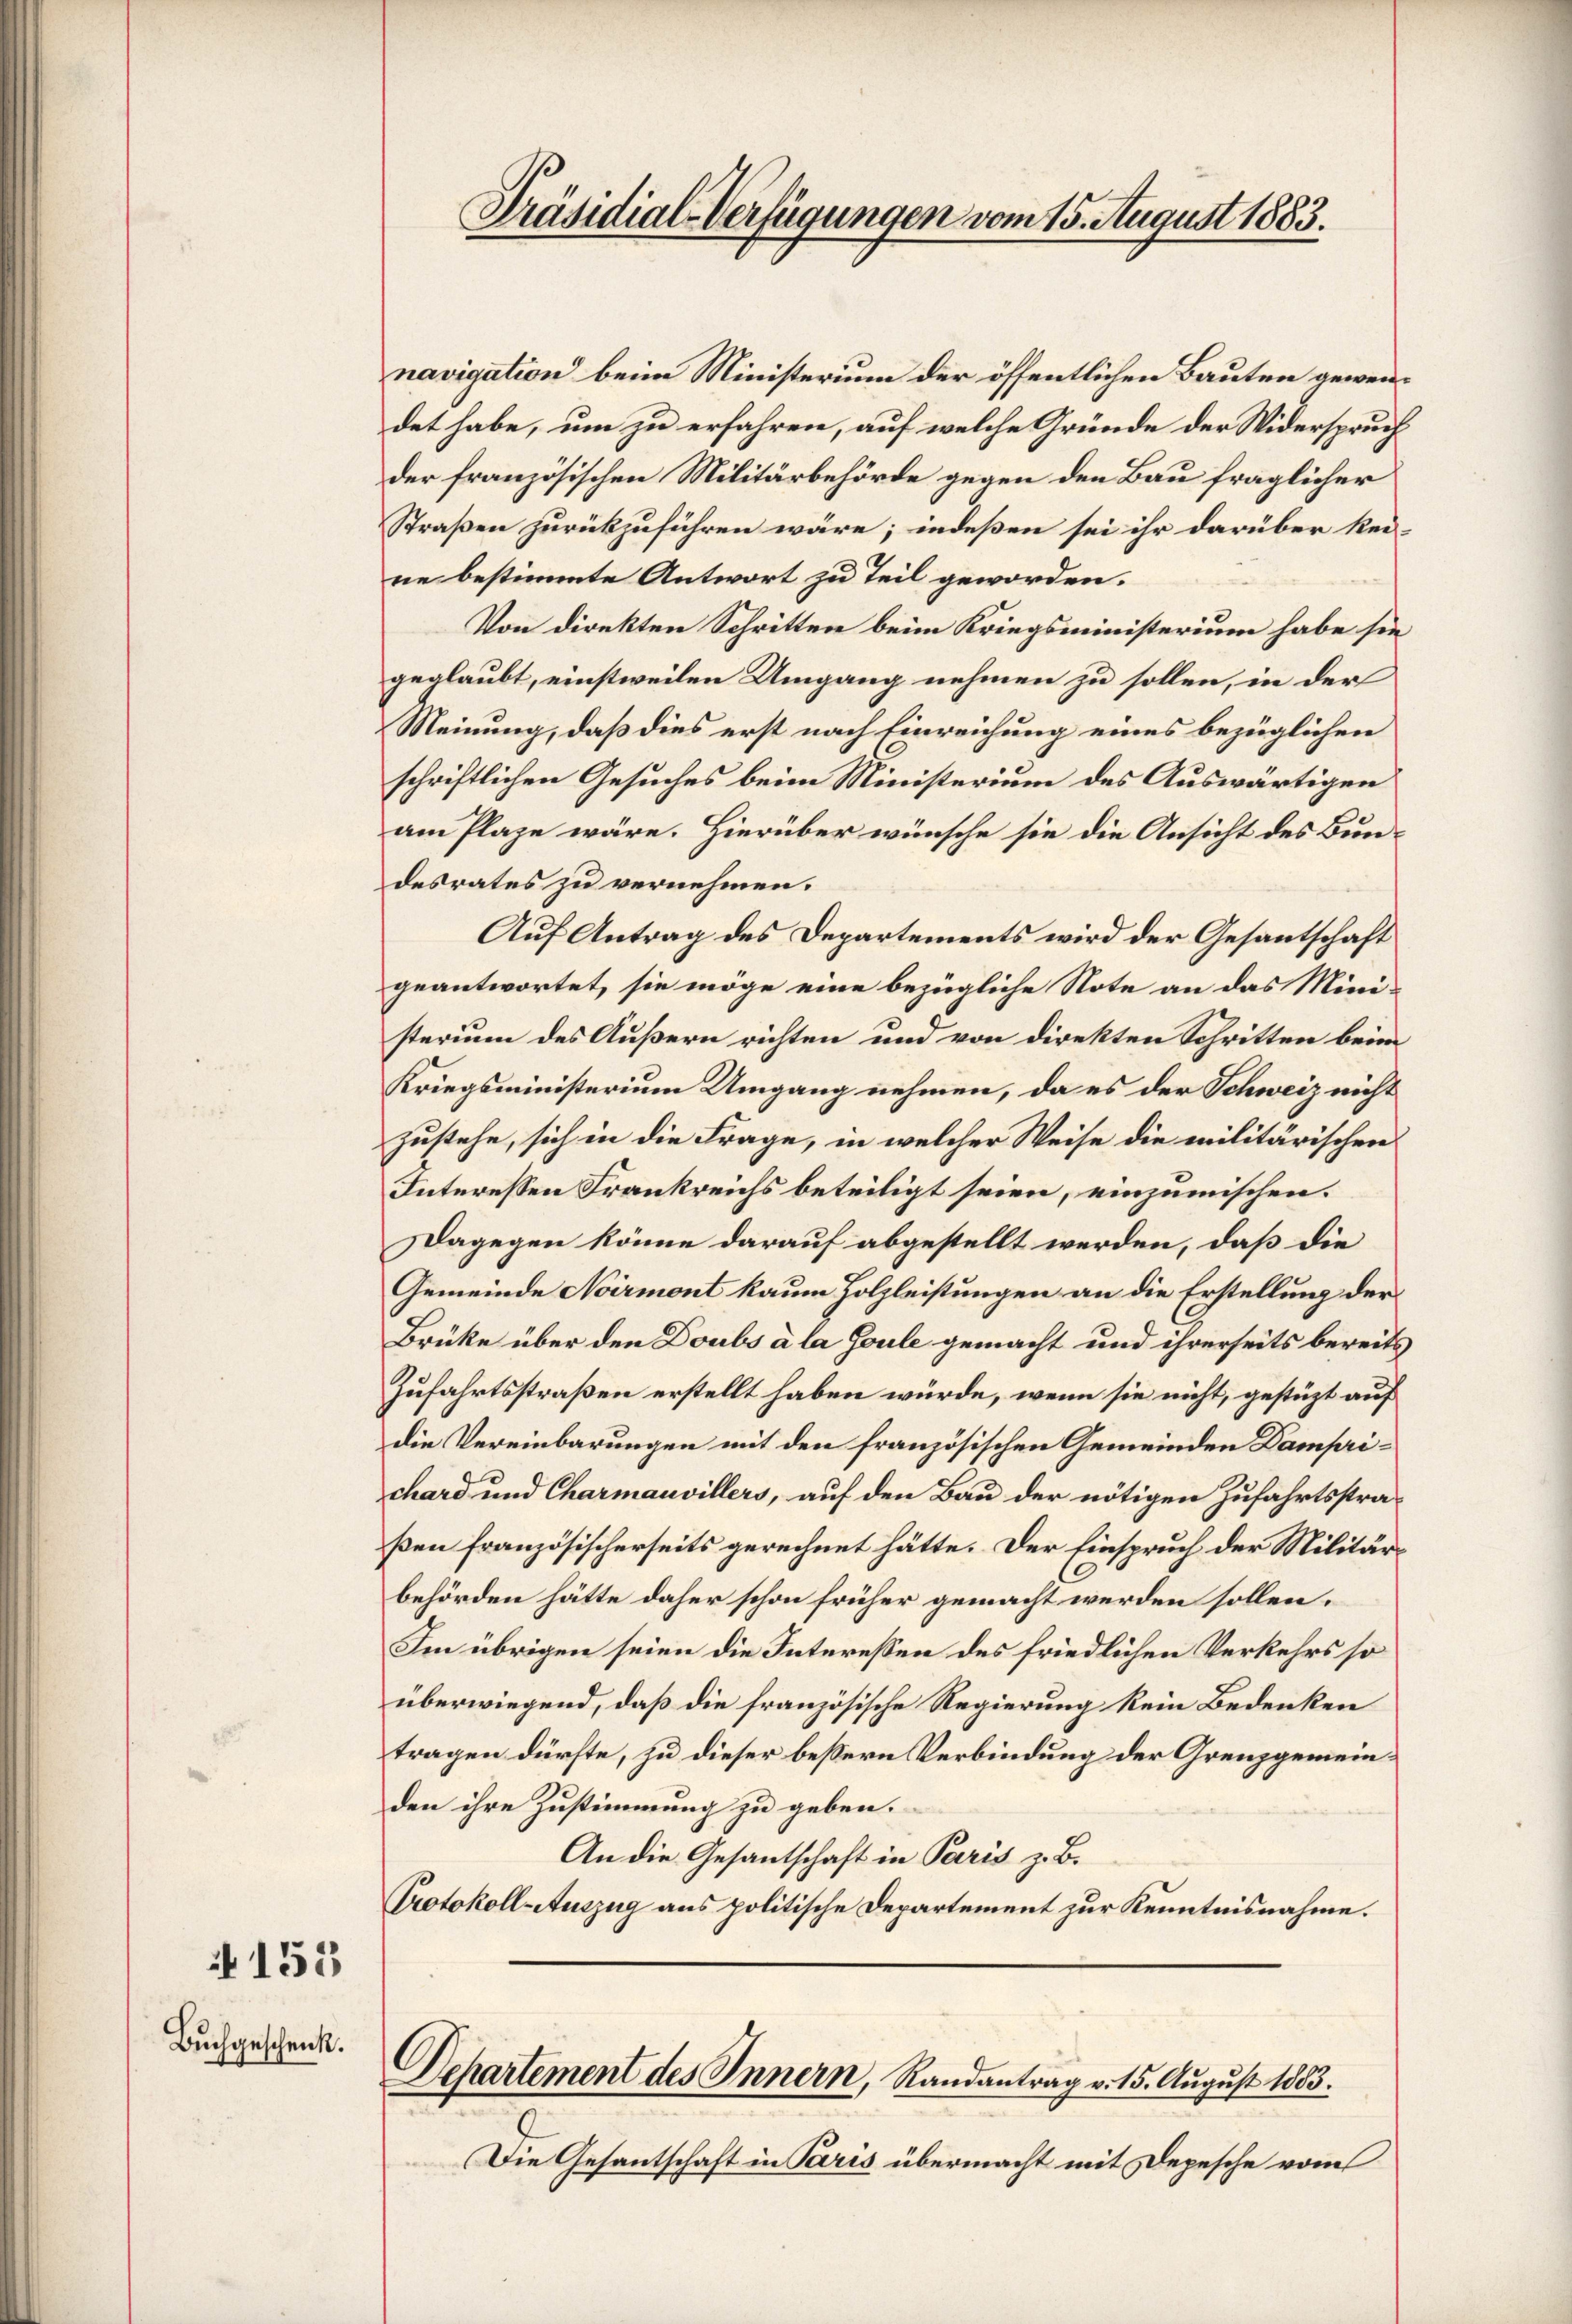
155

Buchgeschenk.

Departement des Innern, Randantrag v. 15. August 1883.

Präsidial-Verfügungen vom 15. August 1883.

navigation beim Ministerium der öffentlichen Bauten gewendet habe, um zu erfahren, auf welche Gründe der Widerspruch
der französischen Militärbehörde gegen den Bau fraglicher
Straßen zurükzuführen wäre; indeßen sei ihr darüber kei-
ne bestimmte Antwort zu Teil geworden.
Von direkten Schritten beim Kriegsministerium habe sie
geglaubt, einstweilen Umgang nehmen zu sollen, in der
Meinung, daß dies erst nach Einreichung eines bezüglichen
schriftlichen Gesuches beim Ministerium des Auswärtigen
am Plaze wäre. Hierüber wünsche sie die Ansicht des Bundesrates zu vernehmen.
Auf Antrag des Departements wird der Gesantschaft
geantwortet, sie möge eine bezügliche Note an das Ministerium des Äußern richten und von direkten Schritten beim
Kriegsministerium Umgang nehmen, da es der Schweiz nicht
zustehe, sich in die Frage, in welcher Weise die militärischen
Interessen Frankreichs beteiligt seien, einzumischen.
Dagegen könne darauf abgestellt werden, daß die
Gemeinde Noirmont kaum Holzleistungen an die Erstellung der
Brüke über den Doubs à la Goule gemacht und ihrerseits bereits
Zufahrtsstraßen erstellt haben würde, wenn sie nicht, gestützt auf
die Vereinbarungen mit den französischen Gemeinden Damprichard und Charmauvillers, auf den Bau der nötigen Zufahrtsstraßen französischerseits gerechnet hätte. Der Einspruch der Militärbehörden hätte daher schon früher gemacht werden sollen.
Im übrigen seien die Interessen des friedlichen Verkehrs so
überwiegend, daß die französische Regierung kein Bedenken
tragen dürfte, zu dieser bessern Verbindung der Grenzgemeinden ihre Zustimmung zu geben.
An die Gesantschaft in Paris z. B.
Protokoll-Auszug aus politische Departement zur Kenntnisnahme.

Die Gesantschaft in Paris übermacht mit Depesche vom